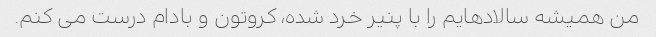
من همیشه سالادهایم را با پنیر خرد شده، کروتون و بادام درست می کنم.